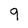
Character: 9